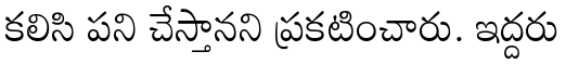
కలిసి పని చేస్తానని ప్రకటించారు. ఇద్దరు